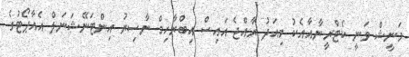
މަނީޝް ވަނީ ކެޓްރީނާއާއެކު މިއަދު ރާއްޖެ އައިސް އިބްރާހިމް ނާސިރު އިންޓަނޭޝަނަލް އެއާޕޯޓުގެ